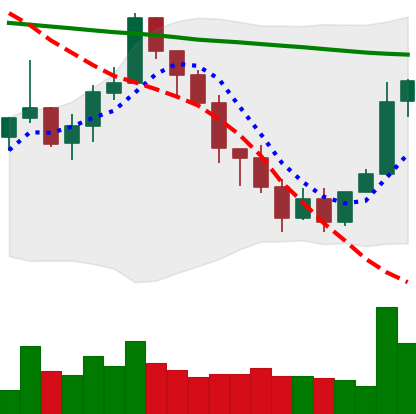
Ticker: XMR-USD
Chart end date: 2022-01-14
Forward return: -12.049%
Label: down_7plus